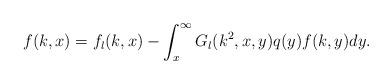
LaTeX: \begin{align*}f(k,x) = f_l(k,x) - \int_x^\infty G_l(k^2,x,y) q(y) f(k,y) dy.\end{align*}